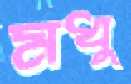
মধু